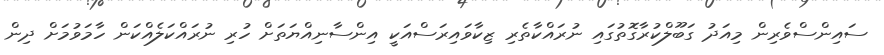
ސައިންސްވެރިން މިއަދު ގަބޫލްކުރާގޮތުގައި ނުރައްކާތެރި ޒިކާވައިރަސްއަކީ އިންސާނިއްޔަތަށް ހުރި ނުރައްކަލެއްކަން ހާމަވުމަށް ދިން